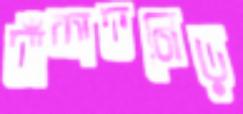
বাঁশবনের